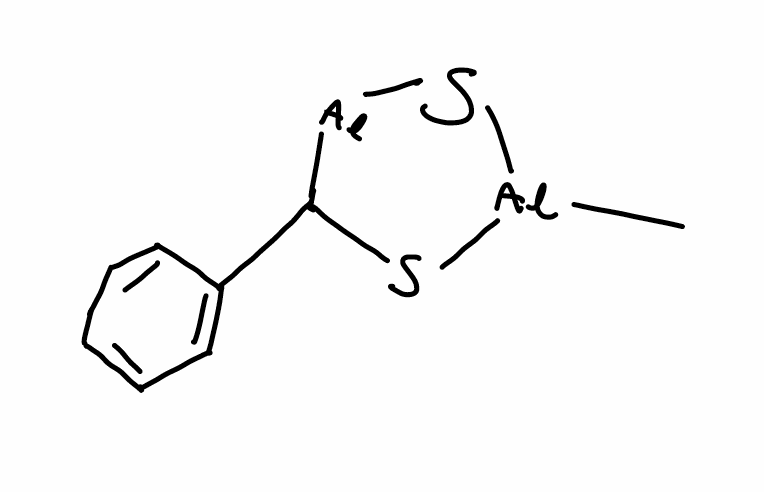
Simplified molecular-input line-entry system (SMILES) notation of the given molecule:
C[Al]1SCC(S1)C2=CC=CC=C2